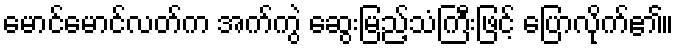
မောင်မောင်လတ်က အက်ကွဲ ဆွေးမြည့်သံကြီးဖြင့် ပြောလိုက်၏။